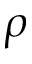
\rho